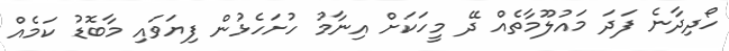
ހޯދިދާނެ ފަދަ މައުލޫމާތެއް ދޭ މީހަކަށް އިނާމު ހުށަހެޅުން ފިޔަވައި މާބޮޑު ކަމެއް